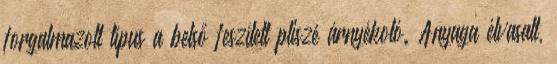
forgalmazott típus a belső feszített pliszé árnyékoló. Anyaga élvasalt,